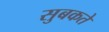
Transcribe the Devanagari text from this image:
सुबकते